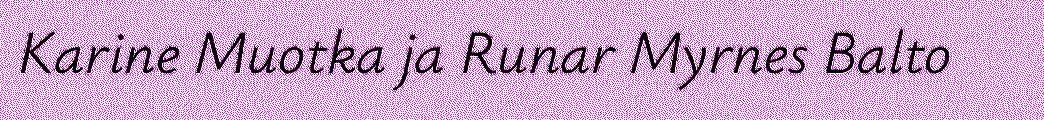
Karine Muotka ja Runar Myrnes Balto